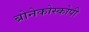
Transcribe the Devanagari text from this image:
ब्रोनेकोस्कोपी